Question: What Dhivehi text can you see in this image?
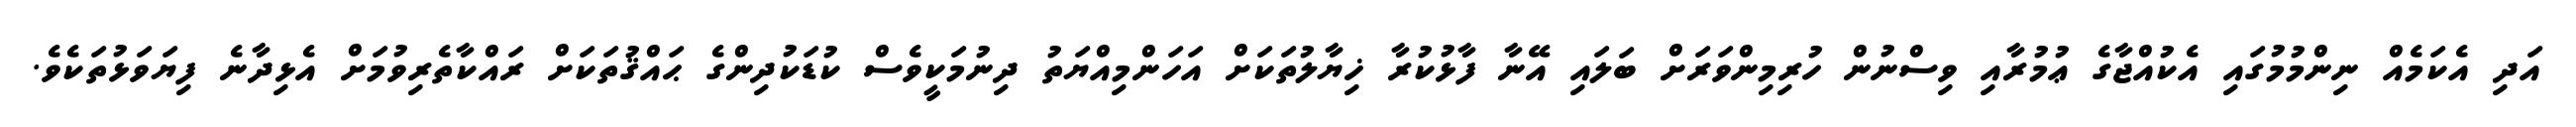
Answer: އަދި އެކަމެއް ނިންމުމުގައި އެކުއްޖާގެ ޢުމުރާއި ވިސްނުން ހުރިމިންވަރަށް ބަލައި އޭނާ ފާޅުކުރާ ޚިޔާލުތަކަށް އަހަންމިއްޔަތު ދިނުމަކީވެސް ކުޑަކުދިންގެ ޙައްޤުތަކަށް ރައްކާތެރިވުމަށް އެޅިދާނެ ފިޔަވަޅުތަކެވެ.